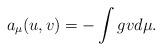
LaTeX: \begin{align*}a_\mu(u,v)=-\int gvd\mu.\end{align*}